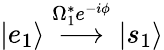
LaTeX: |e_{1}\rangle\stackrel{\Omega_{1}^{*}e^{-i\phi}}{\longrightarrow}|s_{1}\rangle